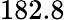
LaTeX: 182.8